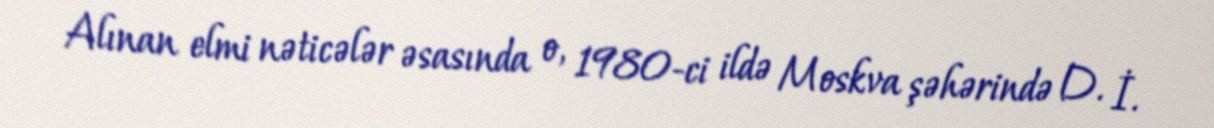
Alınan elmi nəticələr əsasında o, 1980-ci ildə Moskva şəhərində D. İ.